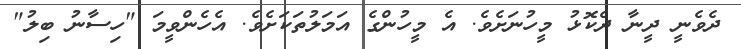
ދެވެނީ ދީނާ ދެކޮޅު މީހުނަށެވެ. އެ މީހުންގެ އަމަލުތަކަށެވެ. އެހެންވީމަ "ހިސާނު ބިލު"